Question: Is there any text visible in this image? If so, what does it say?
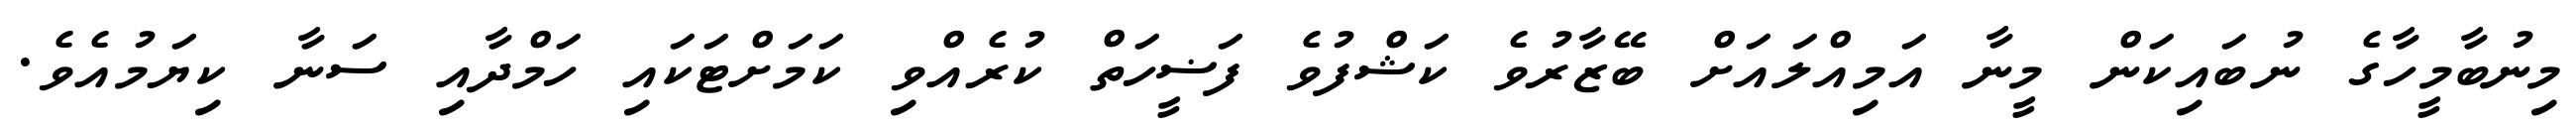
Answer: މިނުބާމީހާގެ ނުބައިކަން މީނާ އަމިއްލައަށް ބޭޒާރުވެ ކަޝްފުވެ ފަޟީހަތް ކުރެއްވި ކަމަށްޓަކައި ހަމްދާއި ސަނާ ކިޔަމުއެވެ.